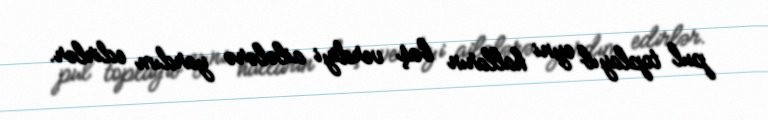
pul toplayıb eyni halların baş verdiyi ailələrə yardım edirlər.